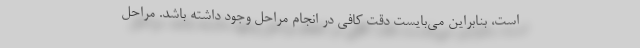
است، بنابراین می‌بایست دقت کافی در انجام مراحل وجود داشته باشد. مراحل